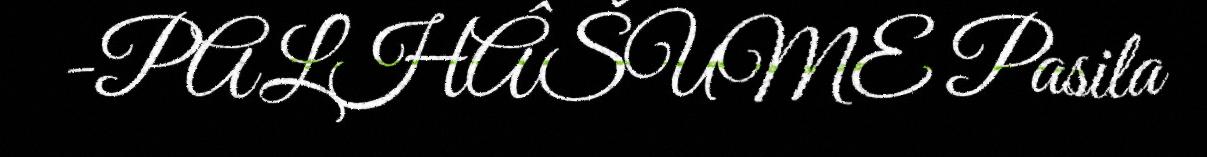
-PALHÂŠUME Pasila